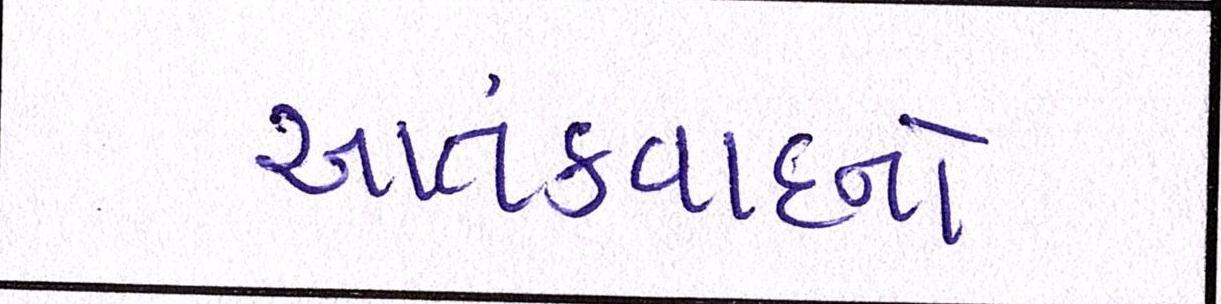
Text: આતંકવાદનો